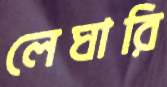
লেঘারি